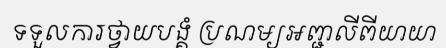
ទទួលការថ្វាយបង្គំ ប្រណម្យអញ្ជលីពីយាយា